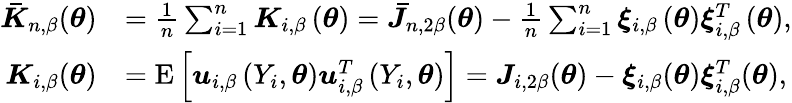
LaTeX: \begin{array}{rl}{\boldsymbol{\bar{K}}_{n,\beta}(\boldsymbol{\theta})}&{=\frac{1}{n}\sum_{i=1}^{n}\boldsymbol{K}_{i,\beta}\left(\boldsymbol{\theta}\right)=\boldsymbol{\bar{J}}_{n,2\beta}(\boldsymbol{\theta})-\frac{1}{n}\sum_{i=1}^{n}\boldsymbol{\xi}_{i,\beta}\left(\boldsymbol{\theta}\right)\boldsymbol{\xi}_{i,\beta}^{T}\left(\boldsymbol{\theta}\right),}\\ {\boldsymbol{K}_{i,\beta}(\boldsymbol{\theta})}&{=\mathrm{E}\left[\boldsymbol{u}_{i,\beta}\left(Y_{i},\boldsymbol{\theta}\right)\boldsymbol{u}_{i,\beta}^{T}\left(Y_{i},\boldsymbol{\theta}\right)\right]=\boldsymbol{J}_{i,2\beta}(\boldsymbol{\theta})-\boldsymbol{\xi}_{i,\beta}(\boldsymbol{\theta})\boldsymbol{\xi}_{i,\beta}^{T}(\boldsymbol{\theta}),}\end{array}